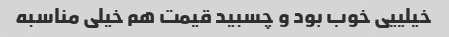
خیلییی خوب بود و چسبید قیمت هم خیلی مناسبه